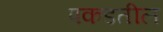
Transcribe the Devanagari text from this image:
पकडतील